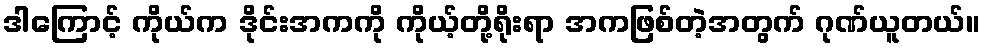
ဒါကြောင့် ကိုယ်က ဒိုင်းအကကို ကိုယ့်တို့ရိုးရာ အကဖြစ်တဲ့အတွက် ဂုဏ်ယူတယ်။